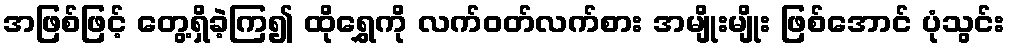
အဖြစ်ဖြင့် တွေ့ရှိခဲ့ကြ၍ ထိုရွှေကို လက်ဝတ်လက်စား အမျိုးမျိုး ဖြစ်အောင် ပုံသွင်း